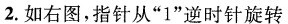
2.如右图，指针从“1”逆时针旋转